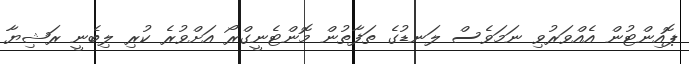
ޕޮއިންޓުން އެއްވަރުވި ނަމަވެސް ލަނޑުގެ ތަފާތުން މޮންޓެނީގްރޯ އަށްވުރެ ކުރި ލިބެނީ ރަޝިޔާ